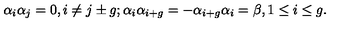
\alpha _ { i } \alpha _ { j } = 0 , i \neq j \pm g ; \alpha _ { i } \alpha _ { i + g } = - \alpha _ { i + g } \alpha _ { i } = \beta , 1 \leq i \leq g .